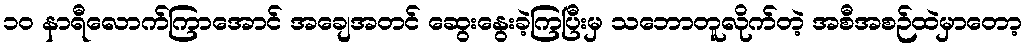
၁၀ နာရီလောက်ကြာအောင် အချေအတင် ဆွေးနွေးခဲ့ကြပြီးမှ သဘောတူလိုက်တဲ့ အစီအစဉ်ထဲမှာတော့